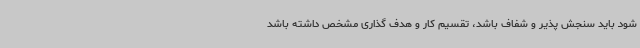
شود باید سنجش پذیر و شفاف باشد، تقسیم کار و هدف گذاری مشخص داشته باشد